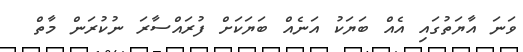
ވަނަ އާޔަތުގައި އެއް ބަޔަކު އަނެއް ބަޔަކަށް ފުރައްސާރަ ނުކުރަން މާތް